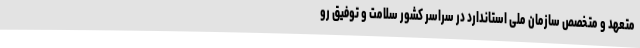
متعهد و متخصص سازمان ملی استاندارد در سراسر کشور سلامت و توفیق رو